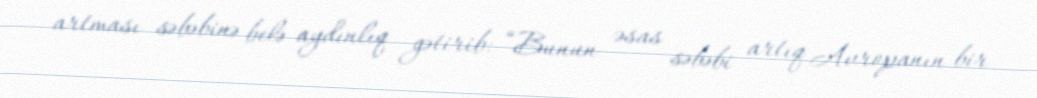
artması səbəbinə belə aydınlıq gətirib: “Bunun əsas səbəbi artıq Avropanın bir